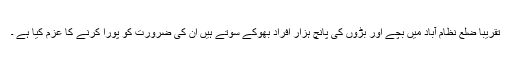
تقریباً ضلع نظام آباد میں بچے اور بڑوں کی پانچ ہزار افراد بھوکے سوتے ہیں ان کی ضرورت کو پورا کرنے کا عزم کیا ہے ۔